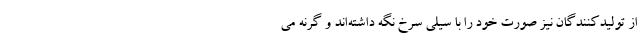
از تولیدکنندگان نیز صورت خود را با سیلی سرخ نگه داشته‌اند و گرنه می